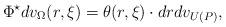
LaTeX: \begin{align*}\Phi^{\star}dv_{\Omega}(r,\xi)=\theta(r,\xi)\cdot dr dv_{U(P)},\end{align*}